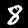
Digit: 8